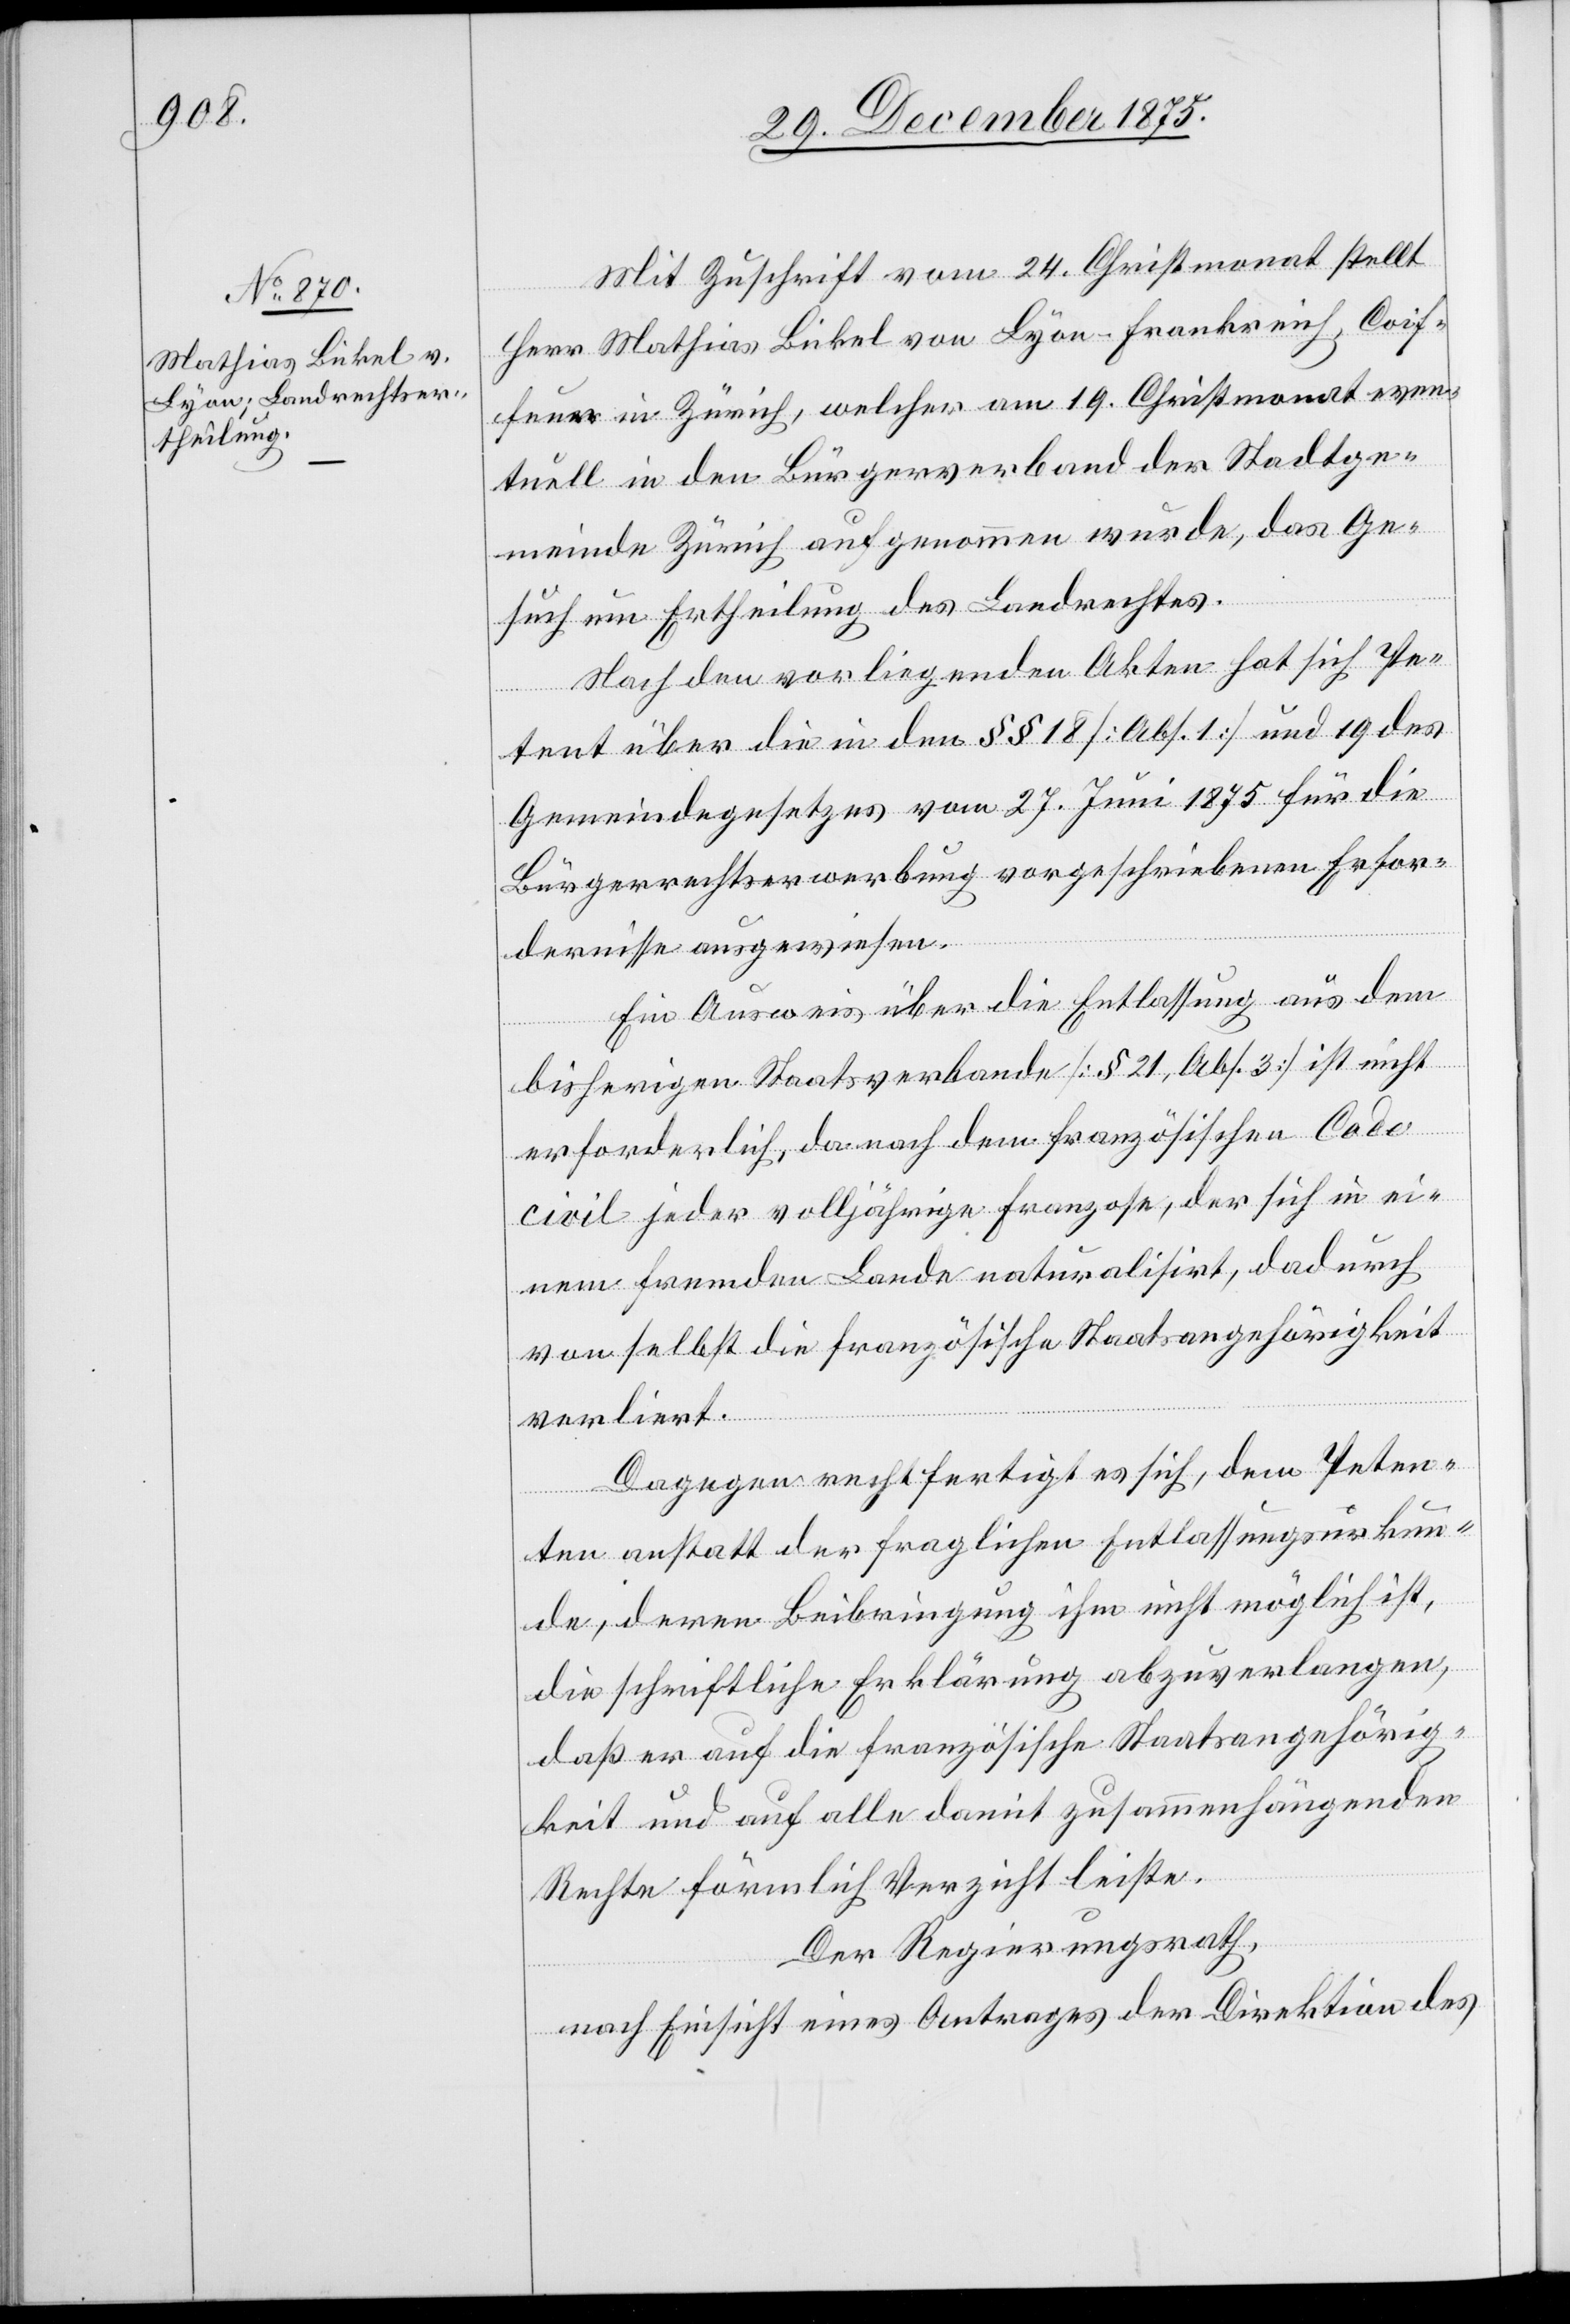
Mit Zuschrift vom 24. Christmonat stellt
Herr Mathias Bickel von Lyon - Frankreich, Coif¬
feur in Zürich, welcher am 19. Christmonat even¬
tuell in den Bürgerverband der Stadtge¬
meinde Zürich aufgenommen wurde, das Ge¬
such um Ertheilung des Landrechtes.
Nach den vorliegenden Akten hat sich Pe¬
tent über die in den §§ 18 [Abs. 1] und 19 des
Gemeindegesetzes vom 27. Juni 1875 für die
Bürgerrechtserwerbung vorgeschriebenen Erfor¬
dernisse ausgewiesen.
Ein Ausweis über die Entlassung aus dem
bisherigen Staatsverbande [§ 21, Abs. 2] ist nicht
erforderlich, da nach dem französischen Code
civil jeder volljährige Franzose, der sich in ei¬
nem fremden Lande naturalisirt, dadurch
von selbst die französische Staatsangehörigkeit
verliert.
Dagegen rechtfertigt es sich, dem Peten¬
ten anstatt der fraglichen Entlassungsurkun¬
de, deren Beibringung ihm nicht möglich ist,
die schriftliche Erklärung abzuverlangen,
Rechte förmlich Verzicht leiste.
Der Regierungsrath,
nach Einsicht eines Antrages der Direktion des